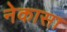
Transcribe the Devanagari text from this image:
नेकासा